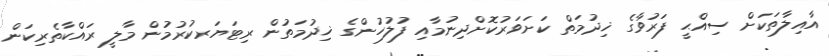
އާއިލާތަކަށް ސިއްޙީ ފަރުވާގެ ޚިދުމަތް ކަށަވަރުކޮށްދިނުމާއި ފުލުހުންގެ ޚިދުމަތުން ރިޓަޔަރކުރުމުން މާލީ ރައްކާތެރިކަން